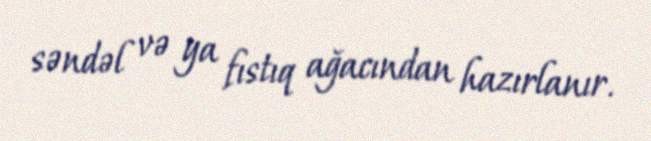
səndəl və ya fıstıq ağacından hazırlanır.